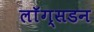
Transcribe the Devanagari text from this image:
लाॅग्सडन